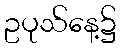
ဥပုသ်နေ့၌